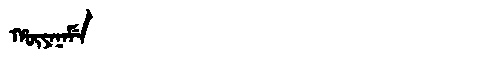
Manchu: ᡥᡡᠶᠠᠨᠠᠮᡝ
Romanization: HŪYANAME